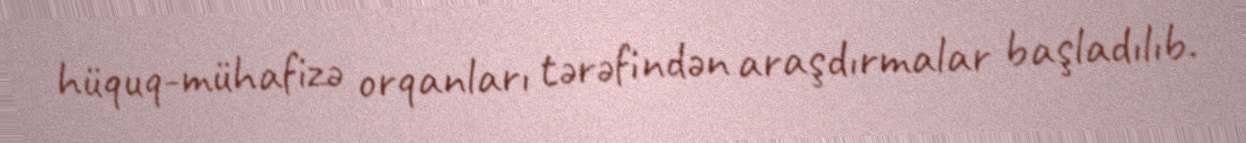
hüquq-mühafizə orqanları tərəfindən araşdırmalar başladılıb.